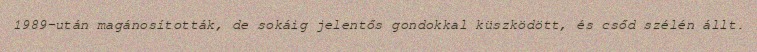
1989-után magánosították, de sokáig jelentős gondokkal küszködött, és csőd szélén állt.